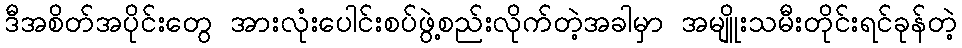
ဒီအစိတ်အပိုင်းတွေ အားလုံးပေါင်းစပ်ဖွဲ့စည်းလိုက်တဲ့အခါမှာ အမျိူးသမီးတိုင်းရင်ခုန်တဲ့